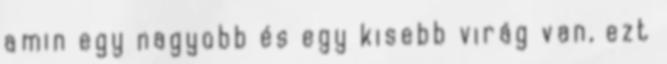
amin egy nagyobb és egy kisebb virág van, ezt